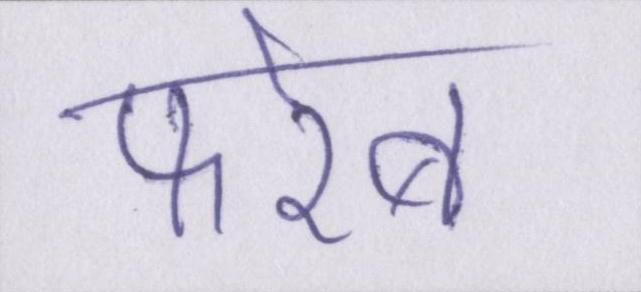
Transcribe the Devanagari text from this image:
फरेब